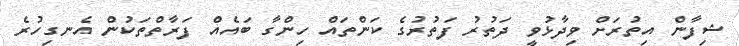
ޝިފާން އިތުރަށް ވިދާޅުވީ ދަތުރު ފަތުރުގެ ކަންތައް ހިންގާ ބައެއް ފަރާތްތަކުން އެނގިހުރެ